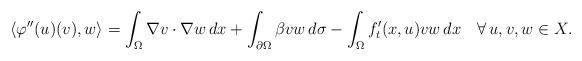
LaTeX: \begin{align*}\langle\varphi''(u)(v),w\rangle=\int_\Omega\nabla v\cdot\nabla w\, dx+\int_{\partial\Omega}\beta vw\, d\sigma-\int_\Omega f'_t(x,u)vw\, dx\quad\forall\, u,v,w\in X.\end{align*}